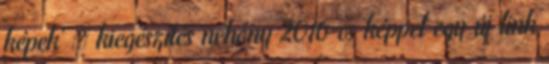
képek' » kiegészítés néhány 2016-os képpel egy új link